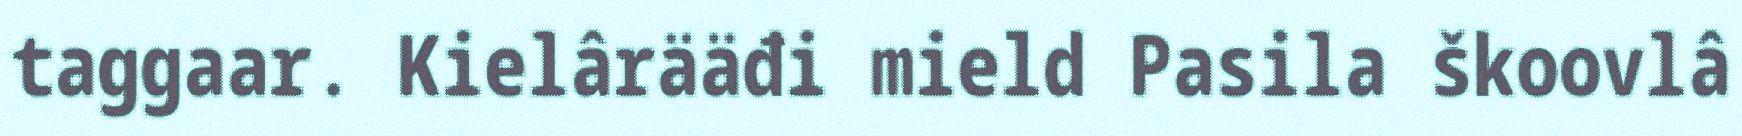
taggaar. Kielârääđi mield Pasila škoovlâ